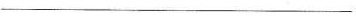
___